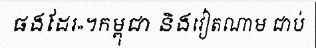
ផងដែរ»។កម្ពុជា និងវៀតណាម ជាប់